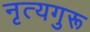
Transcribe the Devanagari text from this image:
नृत्यगुरू